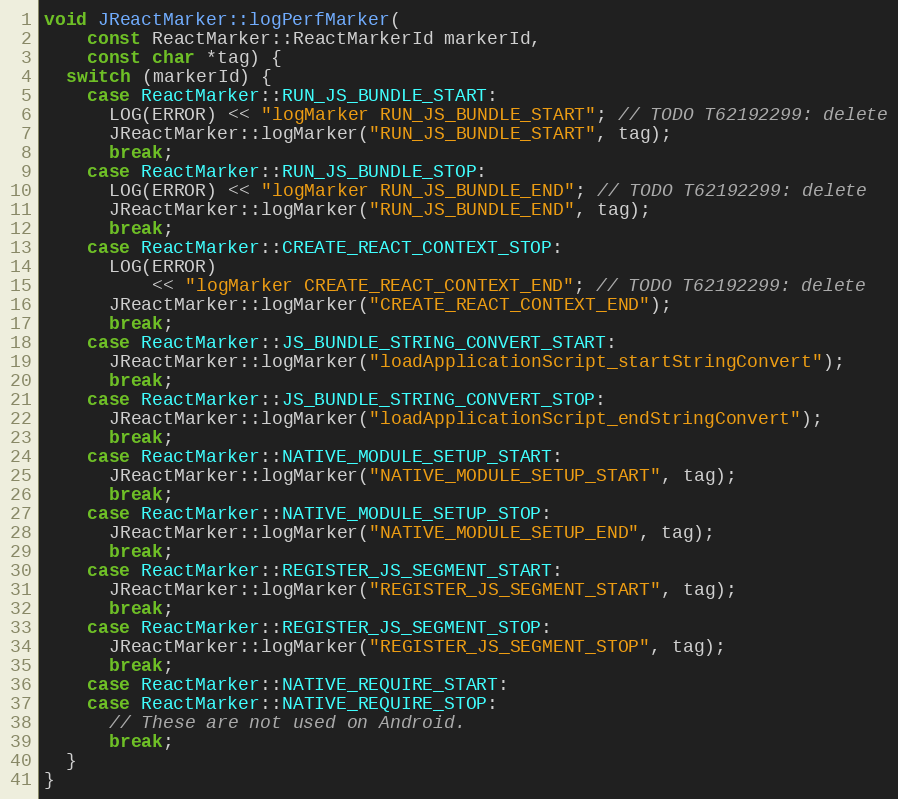
Language: C++
void JReactMarker::logPerfMarker(
    const ReactMarker::ReactMarkerId markerId,
    const char *tag) {
  switch (markerId) {
    case ReactMarker::RUN_JS_BUNDLE_START:
      LOG(ERROR) << "logMarker RUN_JS_BUNDLE_START"; // TODO T62192299: delete
      JReactMarker::logMarker("RUN_JS_BUNDLE_START", tag);
      break;
    case ReactMarker::RUN_JS_BUNDLE_STOP:
      LOG(ERROR) << "logMarker RUN_JS_BUNDLE_END"; // TODO T62192299: delete
      JReactMarker::logMarker("RUN_JS_BUNDLE_END", tag);
      break;
    case ReactMarker::CREATE_REACT_CONTEXT_STOP:
      LOG(ERROR)
          << "logMarker CREATE_REACT_CONTEXT_END"; // TODO T62192299: delete
      JReactMarker::logMarker("CREATE_REACT_CONTEXT_END");
      break;
    case ReactMarker::JS_BUNDLE_STRING_CONVERT_START:
      JReactMarker::logMarker("loadApplicationScript_startStringConvert");
      break;
    case ReactMarker::JS_BUNDLE_STRING_CONVERT_STOP:
      JReactMarker::logMarker("loadApplicationScript_endStringConvert");
      break;
    case ReactMarker::NATIVE_MODULE_SETUP_START:
      JReactMarker::logMarker("NATIVE_MODULE_SETUP_START", tag);
      break;
    case ReactMarker::NATIVE_MODULE_SETUP_STOP:
      JReactMarker::logMarker("NATIVE_MODULE_SETUP_END", tag);
      break;
    case ReactMarker::REGISTER_JS_SEGMENT_START:
      JReactMarker::logMarker("REGISTER_JS_SEGMENT_START", tag);
      break;
    case ReactMarker::REGISTER_JS_SEGMENT_STOP:
      JReactMarker::logMarker("REGISTER_JS_SEGMENT_STOP", tag);
      break;
    case ReactMarker::NATIVE_REQUIRE_START:
    case ReactMarker::NATIVE_REQUIRE_STOP:
      // These are not used on Android.
      break;
  }
}